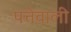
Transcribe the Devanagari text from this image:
पत्तेवाली